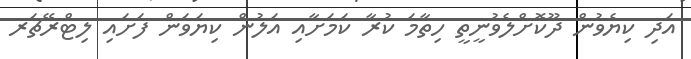
އަދި ކިޔެވުން ދޫކޮށްލެވުނީތީ ހިތާމަ ކުރާ ކަމަށާއި އަލުން ކިޔަވަން ފަށައި ލިޓްރޭޗަރ